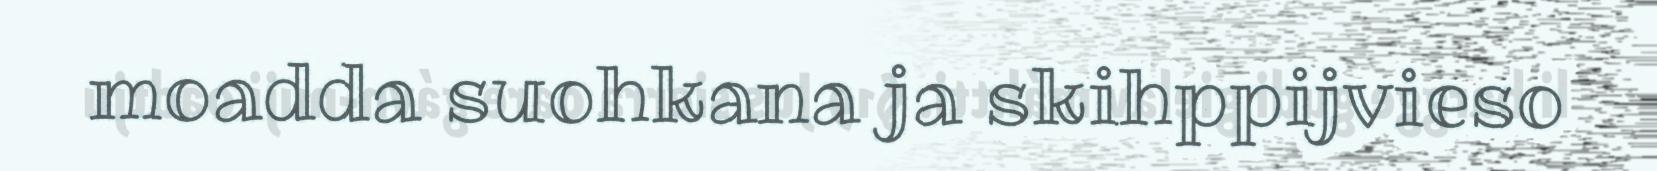
moadda suohkana ja skihppijvieso